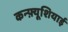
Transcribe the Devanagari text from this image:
कन्फ़्यूशियाई